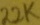
Text: 22K